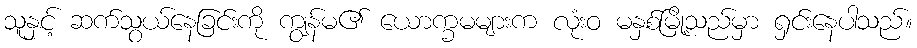
သူနှင့် ဆက်သွယ်နေခြင်းကို ကျွန်မ၏ ယောက္ခမများက လုံးဝ မနှစ်မြို့သည်မှာ ရှင်းနေပါသည်။